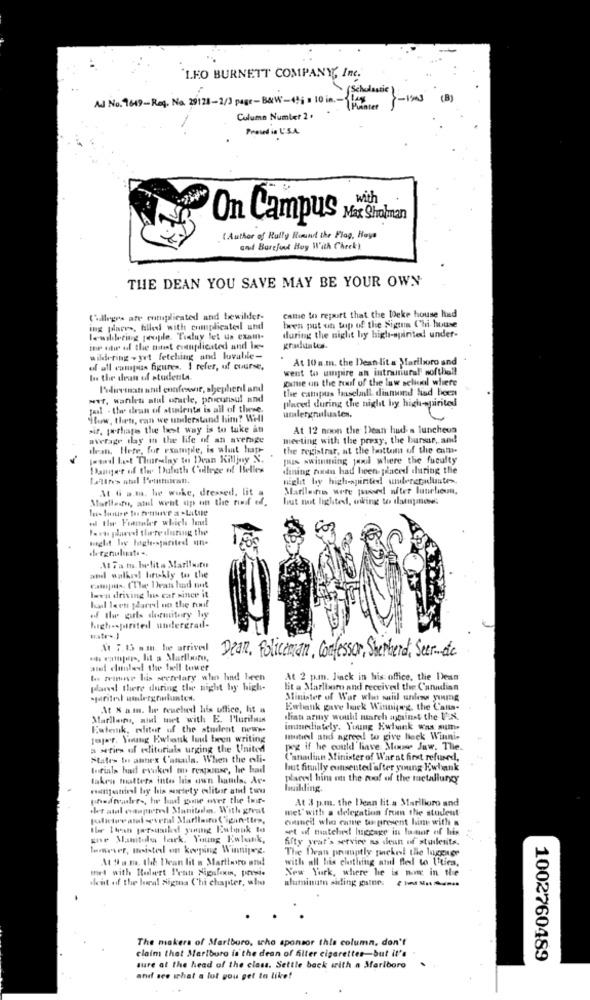
'LEO BURNETT COMPANY, Inc.
(Scholastic ):
-IS (B)
Ad No. 1649-Reg. No. 29128-2/3 page-BarW-49; . 10 in .- 100
Column Number 2 .
Proved in U.S.A.
with
On Campus
Max Sholman
( Author of Rully Romund the Flag, Haya
and Barefoot Hoy With Check!
THE DEAN YOU SAVE MAY BE YOUR OWN
calle to report that the Deke house had
Colleges ate enmplicated and bewilder-
been put on top of the Sigta Chi house
ing (dlaers, filled with complicatedl und
during the night by high-spirited under-
the uitw of the fitist cuanpdicated and in-
wildering - yet fetching and luvalle-
At 10 a.m. the Dean-lit & Marlboro and
of all campus figures. I refer, of course,
went to umpire an intramural softhell
Is the dean of studenta.
game on the roof of the law school where
l'olivemat and enofest, shepherd and
the campus haselall diamond had been
we, wanlet alul oracle, pruiconsul and
placed during the night by high-pairited
pal . the dean of students is all of these.
ilow, thets, can we understand him? WHI
umulergnulusten.
sif, tathate the best way is to take an
At 12 noon the Dean hud a luncheon
average ilay in the life of an average
meeting with the presy, the bunur, and
thean, Hete, for example, is what happ-
the registrar, at the bottom of the cam-
total lost Thuralny to Dean Killjoy N.
pus swimming pool where the faculty
Danger of ther Duluth College of Belles
dining nan had been placed during the
night by high-spirited! untereradunte>
At 6 a.m. he woke, dressed, lit a
Marilene were posed after luurlieun.
Marliestu, atul went up on the run of.
hat mot lightest, owing to dotuganones
Part plaevel there during the
A Fa mo helit a Marliustu
and walked briskly to the
lwen driving his caf since it
of the girls dormitory by
high-sparited undergradl-
ustr .. ]
X1 7.65 sm. he arrived
Dean, Foliceman, Confessor, Shepherd, Ser-dic
sied cluntest the bell tower
Le finne his secretary when had been
At 2 pmn. Jinck in his office, the Dean
pdand there during the night hy high-
lit a Marlboro and received the Canadian
Minister of War who said unless young
At X a.m. Iur reached his office, hit a
Ewtank gave luck Winnipeg, the Canta-
Marilons, and met with E. Plurilmas
dian army would march against the l'EX
Eutank, editor of the student news.
immediately. Young Ewink wax sumie
fajer. Young Ewbank luudl been writing
Iutiel and agree to give back Winnie
a sties of editorials urging the United
pog if he could liave Monwww Jaw. The.
States In autes C'anula. When the edli-
Canadian Minister of War at first refused,
torials had evoked mu renpasse, he had
but finally cunseuted after young Ewbank
taken matters into his own hands. Ac-
place! him on the roof of the metallung;
manjaniel by his society eliter ated ton
building.
At 3 p.m. the Dean lit a Marilioro and
.let atal ovaaperel Manitalen. With great
met" with a delegation from the student
council who came to present him with a
the thesh porsusiled young Ewbank to
set of thatched luggage in loor of his
gne Manitolu lark. Young Ewlunk,
fifty year's service as dean of students.
leser, listed on kooping Winnipeg.
The Dran promptly packesi the luggage
At #la.m. the Dean lit n Marthevro si
with all his clothing atl fled to Utica.
New York, where he is man in the
deut of the local sigma Chi chapter, who
aluminum siding gaines
The makers of Marlboro, who sponsor this column, don't
claim that Marlboro is the dean of filter cigarettes-but it's
1002760489
sure at the head of the class. Settle back with a Marlboro
and see what a lot you get to like!